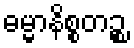
ဓမ္မာနိစ္စတဉ္စ